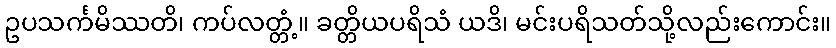
ဥပသင်္ကမိဿတိ၊ ကပ်လတ္တံ့။ ခတ္တိယပရိသံ ယဒိ၊ မင်းပရိသတ်သို့လည်းကောင်း။